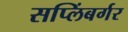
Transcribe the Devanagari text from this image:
सप्लिंबर्गर